Annual report of the Civil Veterinary Department, Bengal, for the year 1897-98 - 1897-1898
Year: 1897
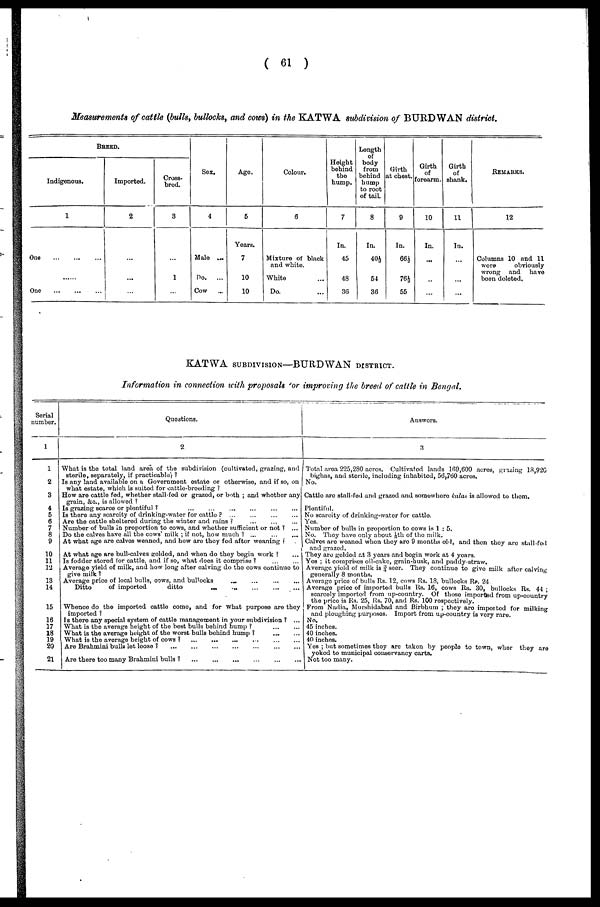
( 61 )
Measurements of cattle (bulls , bullocks, and cows) in the KATWA subdivision of BURDWAN district.
BREED.
Indigenous.
1
One
...
...
...
One
...
...
...
Imported.
2
...
...
...
Cross-
bred.
3
...
1
...
Sex.
4
Male
...
Do.
...
Cow ...
Age.
5
Years.
7
10
10
Colour.
6
Mixture of black
and white.
White ...
Do ....
Height
behind
the
hump.
7
In.
45
48
36
Length
of
body
from
behind
hump
to root
of tail
8
In.
40½
54
36
Girth
at chest.
9
In.
66½
76½
55
Girth
of
forearm.
10
In.
...
...
...
Girth
of
shank.
11
In.
...
...
...
REMARKS.
12
Columns 10 and 11
were
obviously
wrong and
have
boon doloted.
KATWA SUBDIVISION—BURDWAN DISTRICT.
Information in connection with proposals or improving the breed of cattle in Bengal.
Serial
number.
1
1
2
3
4
5
6
7
8
9
10
11
12
13
14
15
16
17
18
19
20
21
Questions.
2
What is the total land area of the subdivision (cultivated, grazing, and
sterile, separately, if practicable ?
Is any land available on a Government estate or otherwise, and if so, on
what estate, which is suited for cattle-breeding ?
How are cattle fed, whether stall-fed or grazed, or both ; and whether any
grain, &c, is allowed ?
Is grazing scarce or plentiful ? ... ... ... ... ... ...
Is there any scarcity of drinking-water for cattle ? ... ... ... ...
Are the cattle sheltered during the winter and rains ? ... ... ...
Number of bulls in proportion to cows, and whether sufficient or not ? ...
Do the calves have all the cows' milk ; if not, how much ? ... ... ...
At what age are calves weaned, and how are they fod after weaning
At what ago are bull-calves golded, and when do they begin work ? ...
Is fodder stored lor cattle, and if so, what does it comprise ? ... ...
Average yield of milk, and how long after calving do the cows continue to
give milk
Average price of local bulls, cows, and bullocks ... ... ... ...
Ditto
of imported
ditto
...
...
...
...
...
Whence do the imported cattle come, and for what purpose are they
imported ?
Is there any special system of cattle management in your subdivision ? ...
What is the average height of the best bulls behind hump ? ... ...
What is the average height of the worst bulls behind hump ?
...
...
What is the average height of cows ?
...
...
...
...
...
...
Are Brahmini bulls let loose ? ... ... ... ... ... ... ...
Are there too many Brahmini bulls ?
...
...
...
...
...
...
Answers.
3
Total area 225,230 acres. Cultivated lands l69,600 acres, grazing 13,926
bighas, and stenlo, including inhabited, 56,700 acres.
No.
Cattle are stall-fed and grazed and somewhere kalai is allowed to thorn.
Plentiful.
No scarcity of drinking-water for cattle.
Yes.
Number of bulls in proportion to cows is 1 : 5.
No. They have only about 1/8th of the milk.
Calves are woaned when they are 9 months old, and then they are stull-fod
and grazed.
They are gelded at 3 years and begin work at 4 years.
Yes ; it comprises oil-cake, grain-husk, and paddy-straw.
Average yield of milk is 3/4 seer. They continue to give milk after calving
generally 8 months.
Average price of bulls Rs. 12, cows Rs. 18, bullocks Rs. 24
Average price of imported bulls Rs. 16, cows Rs. 30, bullocks Rs. 44 ;
scarcely imported from up-country. Of those imported from up-country
the price is Rs. 25, Us. 70, and Rs. 100 respectively.
From Nadia, Murshidabad and Birbbum ; they are imported for milking
and ploughing purposes. Import from up-country is very rare.
No.
45 inches.
40 inches.
40 inches.
Yes ; but sometimes they are taken by people to town, wher they are
yoked to municipal conservancy carts.
Not too many.